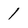
Character: 1